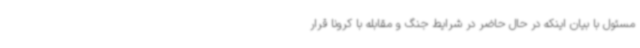
مسئول با بیان اینکه در حال حاضر در شرایط جنگ و مقابله با کرونا قرار